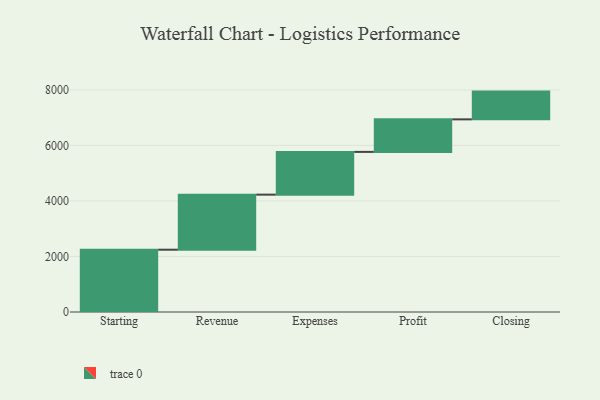
{"axis": {"x": "Step", "y": "Value"}, "legend": [""], "data": [{"x": "Starting", "y": 2244.0, "type": ""}, {"x": "Revenue", "y": 1983.0, "type": ""}, {"x": "Expenses", "y": 1540.0, "type": ""}, {"x": "Profit", "y": 1172.0, "type": ""}, {"x": "Closing", "y": 1000, "type": ""}]}